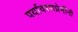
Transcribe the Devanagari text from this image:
पर्यावरणप्रेमींनी